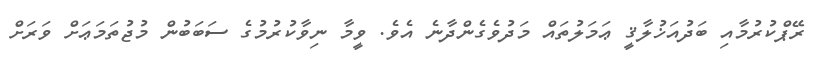
ރޭޕްކުރުމާއި ބަދުއަޚުލާޤީ ޢަމަލުތައް މަދުވެގެންދާނެ އެވެ. ވީމާ ނިވާކުރުމުގެ ސަބަބުން މުޖުތަމަޢަށް ވަރަށް